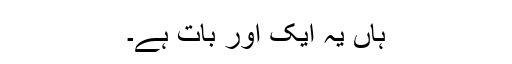
ہاں یہ ایک اور بات ہے۔